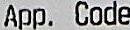
APP. CODE